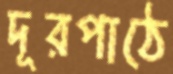
দূরপাঠে